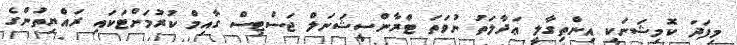
މިފަދަ ކޮމިޝަނަކީ އިންތިގާލީ ޢަދާލަތު ނުވަތަ ޓްރާންސީޝަނަލް ޖަސްޓިސް ގާއިމް ކުރުމަށްޓަކައި ރައްޔިތުންގެ